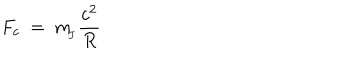
LaTeX: F _ { c } \ = \ m _ { \! _ { J } } \frac { c ^ { 2 } } { R }